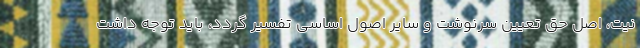
نیت، اصل حق تعیین سرنوشت و سایر اصول اساسی تفسیر گردد، باید توجه داشت